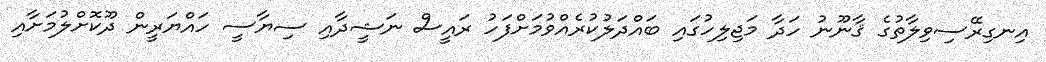
އިނގިރޭސިވިލާތުގެ ޤާނޫނު ހަދާ މަޖިލިހުގައި ބައްދަލުކުރެއްވުމަށްފަހު ރައީސް ނަޝީދާއި ސިޔާސީ ހައްޔަރީން ދޫކޮށްލުމަށާއި